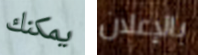
يمكنك بالإعلان